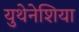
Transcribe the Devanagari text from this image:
युथेनेशिया